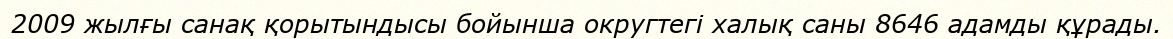
2009 жылғы санақ қорытындысы бойынша округтегі халық саны 8646 адамды құрады.